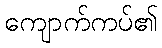
ကျောက်ကပ်၏